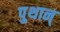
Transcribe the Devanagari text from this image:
पुथान्